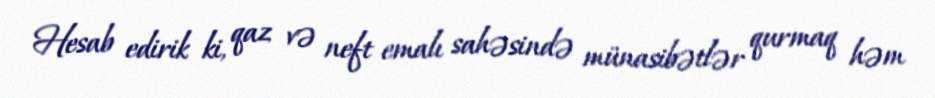
Hesab edirik ki, qaz və neft emalı sahəsində münasibətlər qurmaq həm